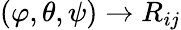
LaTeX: (\varphi,\theta,\psi)\rightarrow R_{ij}